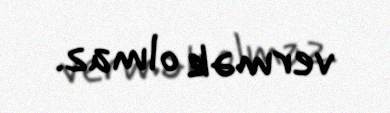
vermək olmaz.